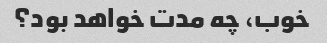
خوب، چه مدت خواهد بود؟